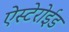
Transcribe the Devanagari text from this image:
ऐस्टेरोईड